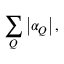
\sum _ { Q } \left| \alpha _ { Q } \right| ,